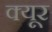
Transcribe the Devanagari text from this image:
क्यूर